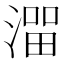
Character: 𰜵